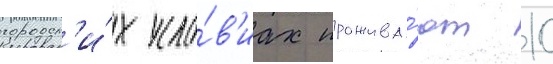
городск'и́х усло́в'иах прожива́ют 10